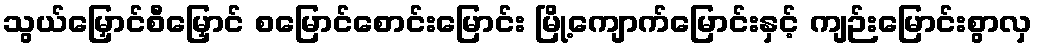
သွယ်မြှောင်စီမြှောင် စမြောင်စောင်းမြောင်း မြို့ကျောက်မြောင်းနှင့် ကျဉ်းမြောင်းစွာလှ